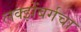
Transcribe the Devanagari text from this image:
लक्झेंबर्गचा